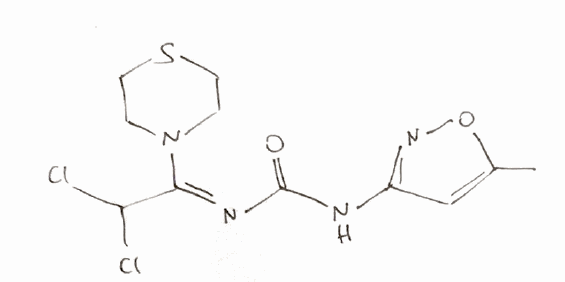
Simplified molecular-input line-entry system (SMILES) notation of the given molecule:
CC1=CC(=NO1)NC(=O)/N=C(/C(Cl)Cl)\N2CCSCC2